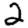
Digit: 2